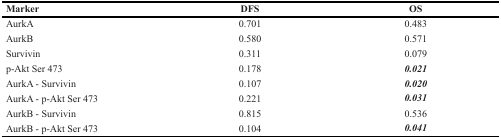
<table><thead><tr><td><b>Marker</b></td><td><b>DFS</b></td><td><b>OS</b></td></tr></thead><tbody><tr><td>AurkA</td><td>0.701</td><td>0.483</td></tr><tr><td>AurkB</td><td>0.580</td><td>0.571</td></tr><tr><td>Survivin</td><td>0.311</td><td>0.079</td></tr><tr><td>p-Akt Ser 473</td><td>0.178</td><td><b><i>0.021</i></b></td></tr><tr><td>AurkA - Survivin</td><td>0.107</td><td><b><i>0.020</i></b></td></tr><tr><td>AurkA - p-Akt Ser 473</td><td>0.221</td><td><b><i>0.031</i></b></td></tr><tr><td>AurkB - Survivin</td><td>0.815</td><td>0.536</td></tr><tr><td>AurkB - p-Akt Ser 473</td><td>0.104</td><td><b><i>0.041</i></b></td></tr></tbody></table>